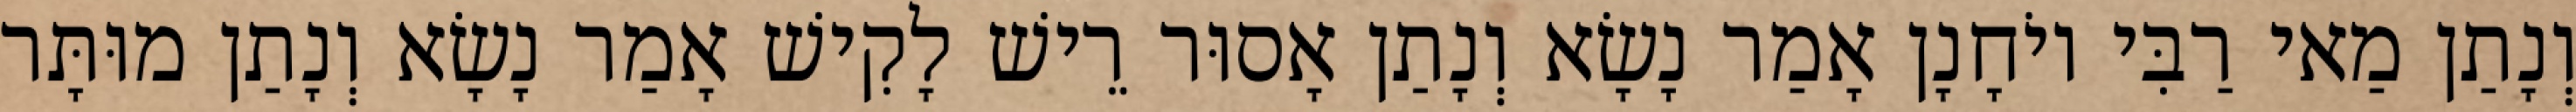
וְנָתַן מַאי רַבִּי יוֹחָנָן אָמַר נָשָׂא וְנָתַן אָסוּר רֵישׁ לָקִישׁ אָמַר נָשָׂא וְנָתַן מוּתָּר